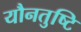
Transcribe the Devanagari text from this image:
यौनतुष्टि